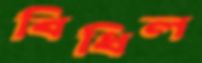
বিধিল